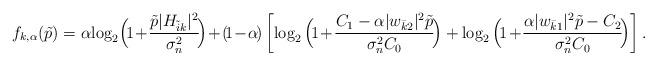
LaTeX: \begin{align*}f_{k,\alpha}(\tilde{p}) = \alpha\!\log_2\!\Big(\!1\!+\!\frac{\tilde{p}|H_{\tilde{i}k}|^2} {\sigma^2_n}\!\Big) \!+ \! (\!1\!-\!\alpha\!)\left[\log_2\Big(\!1\!+\!\frac{C_{1} - \alpha|w_{\bar{k}2}|^2\tilde{p}}{\sigma^2_n C_0}\!\Big) + \log_2\Big(\!1\!+\!\frac{ \alpha|w_{\bar{k}1}|^2\tilde{p} - C_{2}}{\sigma^2_n C_0}\!\Big)\right]. \end{align*}